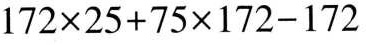
$$1 7 2 \times 2 5 + 7 5 \times 1 7 2 - 1 7 2$$